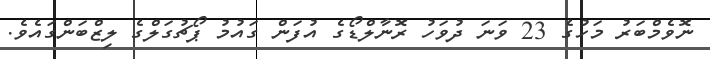
ނޮވެމްބަރު މަހުގެ 23 ވަނަ ދުވަހު ރޮނާލްޑޯގެ އުފަން ގައުމު ޕޯޗުގަލްގެ ލިޒްބަންގައެވެ.